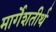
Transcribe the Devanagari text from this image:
मार्गेशतीर्थ